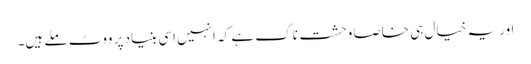
اور یہ خیال ہی خاصا وحشت ناک ہے کہ انہیں اسی بنیاد پر ووٹ ملے ہیں۔